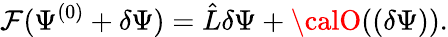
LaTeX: {\cal\mathcal{F}}(\Psi^{(0)}+\delta\Psi)=\hat{{L}}\delta\Psi+{\calO}((\delta\Psi)).